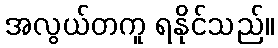
အလွယ်တကူ ရနိုင်သည်။